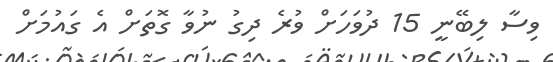
ވިސާ ލިބޭނީ 15 ދުވަހަށް ވުރެ ދިގު ނުވާ ގޮތަށް އެ ގައުމަށް